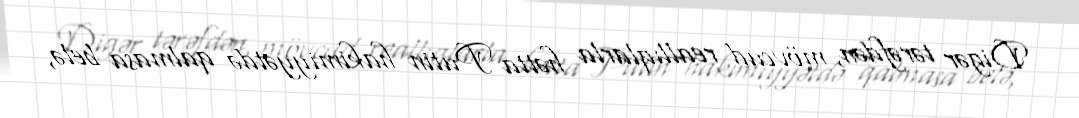
Digər tərəfdən, mövcud reallıqlarla hətta Putin hakimiyyətdə qalmasa belə,